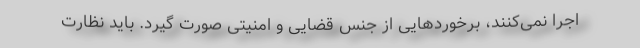
اجرا نمی‌کنند، برخوردهایی از جنس قضایی و امنیتی صورت گیرد. باید نظارت